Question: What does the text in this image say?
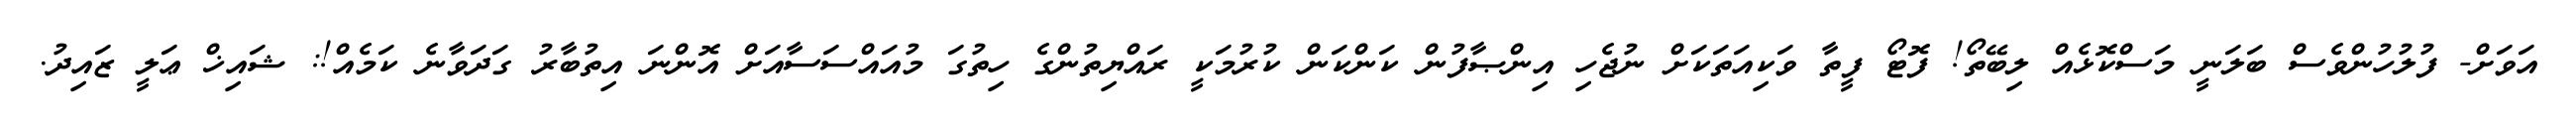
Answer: އަވަށް- ފުލުހުންވެސް ބަލަނީ މަސްކޮޅެއް ލިބޭތޯ! ފޮޓޯ ފީތާ ވަކިއަތަކަށް ނުޖެހި އިންޞާފުން ކަންކަން ކުރުމަކީ ރައްޔިތުންގެ ހިތުގަ މުއައްސަސާއަށް އޮންނަ އިތުބާރު ގަދަވާނެ ކަމެއް!: ޝައިޚް ޢަލީ ޒައިދު.